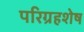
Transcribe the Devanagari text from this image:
परिग्रहशेष